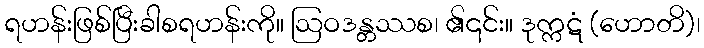
ရဟန်းဖြစ်ပြီးခါစရဟန်းကို။ ဩဝဒန္တဿစ၊ ၏၎င်း။ ဒုက္ကဋံ (ဟောတိ)၊